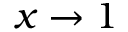
x \rightarrow 1